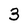
Character: 3